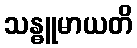
သန္ဓူမာယတိ